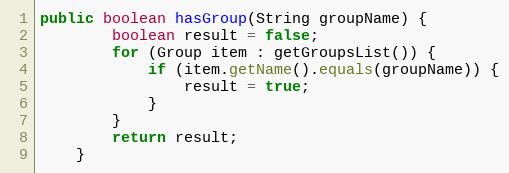
Language: Java
public boolean hasGroup(String groupName) {
        boolean result = false;
        for (Group item : getGroupsList()) {
            if (item.getName().equals(groupName)) {
                result = true;
            }
        }
        return result;
    }